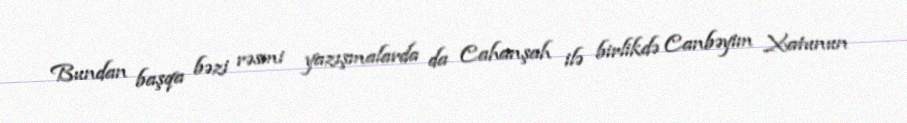
Bundan başqa bəzi rəsmi yazışmalarda da Cahanşah ilə birlikdə Canbəyim Xatunun